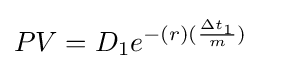
{\begin{aligned}PV&=D_{1}e^{-(r)({\frac {\Delta t_{1}}{m}})}\end{aligned}}